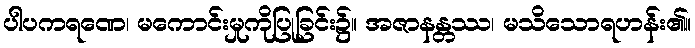
ပါပကရဏေ၊ မကောင်းမှုကိုပြုခြင်း၌။ အဇာနန္တဿ၊ မသိသောရဟန်း၏။